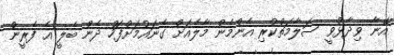
އޭނާ ވިދާޅުވީ ސަލާމަތްކުރި އެންމެން މާލެއަށް ގެނައުމަށްފަހު ދެން ބެލީ އެ ފެރީން